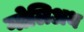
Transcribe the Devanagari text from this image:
गोलिअथ